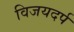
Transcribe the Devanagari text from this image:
विजयदर्प